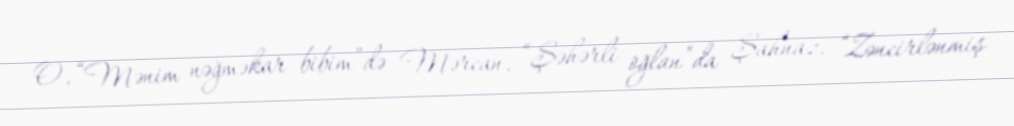
O, “Mənim nəğməkar bibim”də Mərcan, “Şəhərli oğlan”da Şahnaz, “Zəncirlənmiş